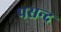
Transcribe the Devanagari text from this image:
पसन्‍द